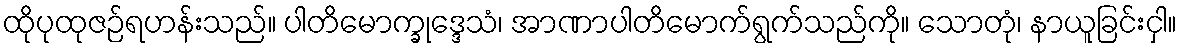
ထိုပုထုဇဉ်ရဟန်းသည်။ ပါတိမောက္ခုဒ္ဒေသံ၊ အာဏာပါတိမောက်ရွက်သည်ကို။ သောတုံ၊ နာယူခြင်းငှါ။